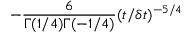
- \frac { 6 } { \Gamma ( 1 / 4 ) \Gamma ( - 1 / 4 ) } ( t / \delta t ) ^ { - 5 / 4 }